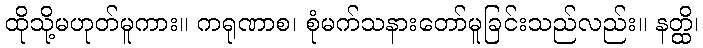
ထိုသို့မဟုတ်မူကား။ ကရုဏာစ၊ စုံမက်သနားတော်မူခြင်းသည်လည်း။ နတ္ထိ၊